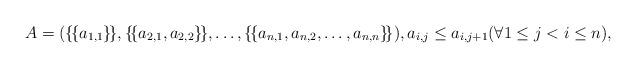
LaTeX: \begin{align*}A = (\{\!\{a_{1,1}\}\!\},\{\!\{a_{2,1},a_{2,2}\}\!\},\ldots,\{\!\{ a_{n,1},a_{n,2},\ldots,a_{n,n} \}\!\}), a_{i,j} \leq a_{i,j+1} (\forall 1 \leq j < i \leq n ),\end{align*}